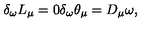
\delta _ { \omega } L _ { \mu } = 0 \delta _ { \omega } \theta _ { \mu } = D _ { \mu } \omega ,